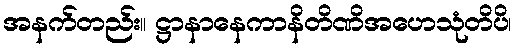
အနက်တည်း။ ဋ္ဌာနာနေကာနိတိဏိအဟေသုံတိပိ၊